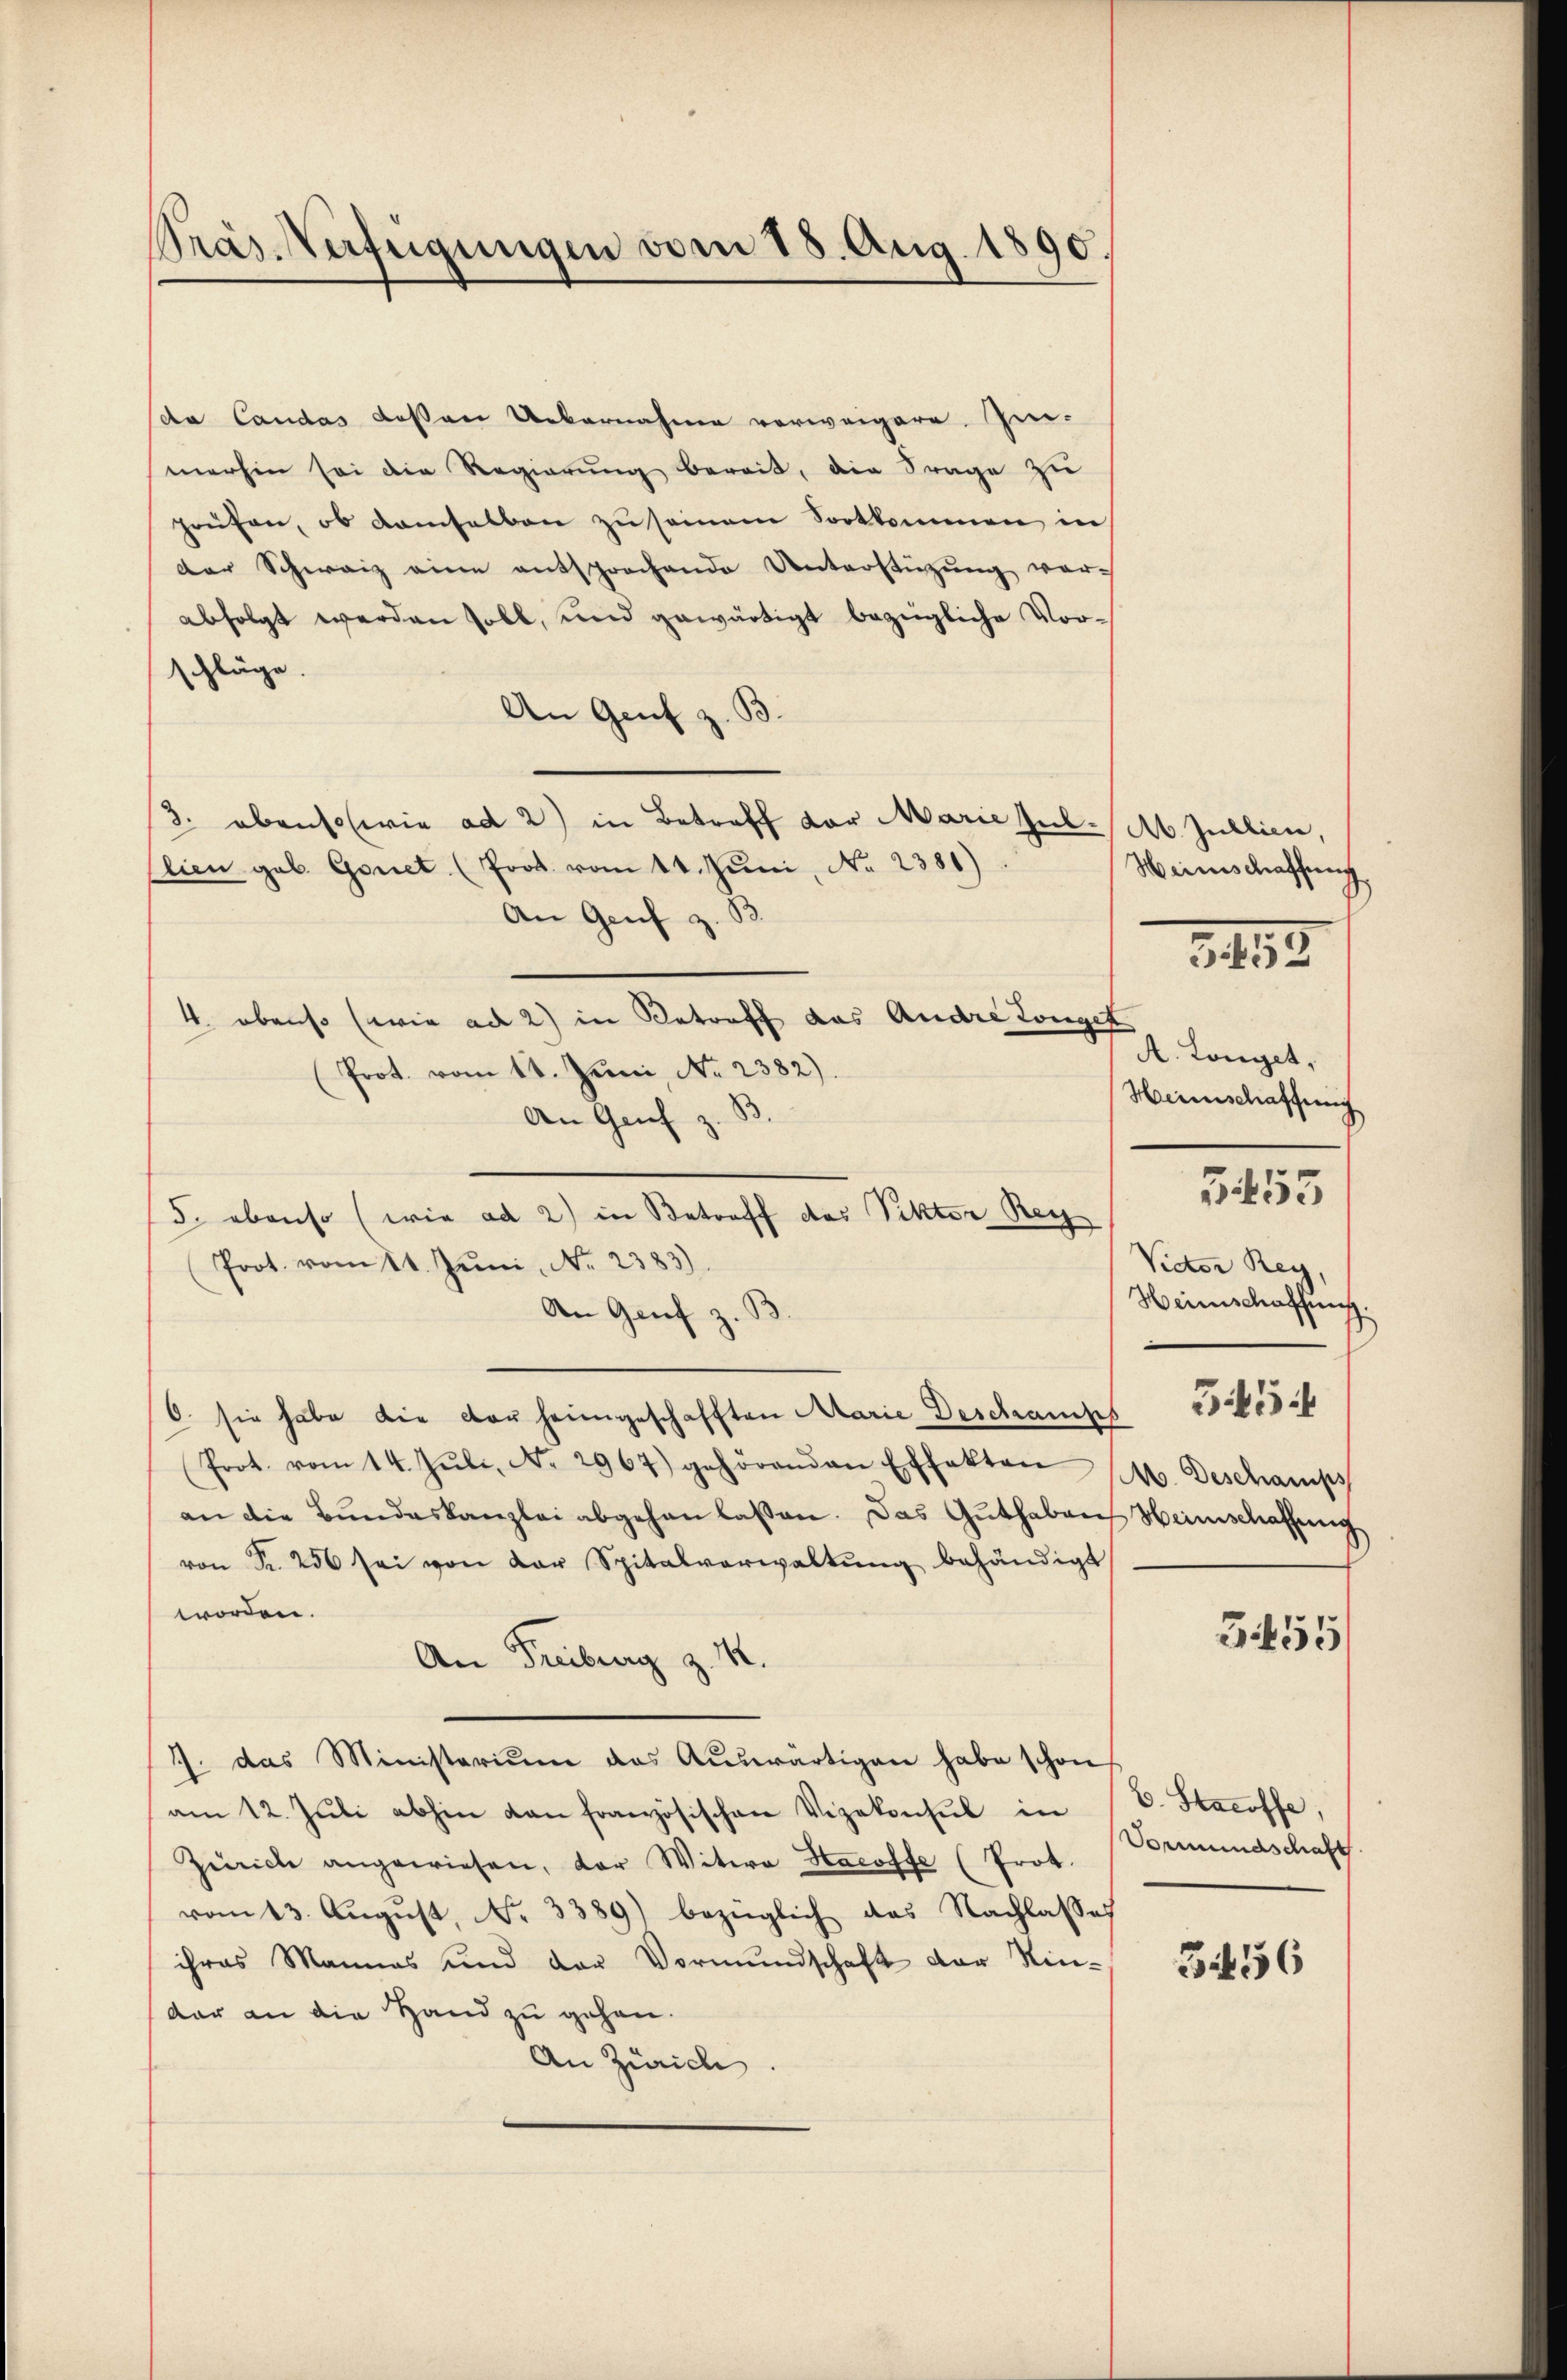
Präs. Verfügungen vom 18. Aug. 1890.

da Landas dessen Uebernahme verweigere. Im-
merhin sei die Regierung bereit, die Frage zu
prüfen, ob damselben zu seien Fortkommen in
der Schweiz eine entsprochende Unterstützŭng vor-
abfolgt werden soll, und gewärtigt bezügliche Vorschläge.
An Genf z.
3. ebensowie ad 2) in Betreff vor Marie Jul. Ab. Jullien,
lien geb. Gonet (Prot vom 14. Juni, No 2381).
An Genf z.
4. obenso (wie ad 2) in Betreff das Andre Longet
Prot. vom 11. Juni, No. 2382).
An Genf z.
5. ebenso (wie ad 2) in Betroff des Pekter Bey
Prot. vom 11. Juni, No 2383)
An Genf z.
O. sie habe die der heimgeschafften Marie Beschaus
Prot. vom 14. Jŭli, No. 2967) gehörenden Effekten No. Deschamps
an die Bundeskanzlei abgehen laßen. Das Guthaben
von Fr. 256 sei von der Spitalverwaltŭng behändigt
worden.
An Freiburg z. M.
J. das Ministerium das Aŭswärtigen habe schon
am 12. Jŭli abhin von französischen Vizekonsul in
Zürich angewiesen, der Witwe Hacoffe (Prot.
vom 13. August, No. 3389) bezüglich das Nachlasses
ihres Mannes und der Vormundschaft der Kin-
dar an die Hand zu gehen.
An Zürich

Weinschaffung
¬
21443.

A. Langet,
Heimschaffung
Victor Rey,
Heimschaffung.
3454
Heinschaffung

3455

b. Stacoffe,
Vormundschaft

3456

355/